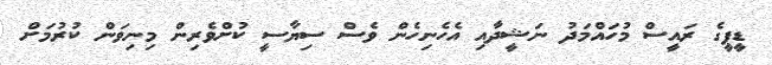
ޑީޕީގެ ރައީސް މުހައްމަދު ނަޝީދާއި އެހެނިހެން ވެސް ސިޔާސީ ކުށްވެރިން މިނިވަން ކުރުމަށް